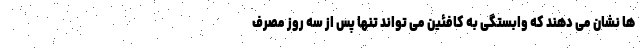
ها نشان می دهند که وابستگی به کافئین می تواند تنها پس از سه روز مصرف